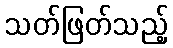
သတ်ဖြတ်သည့်